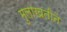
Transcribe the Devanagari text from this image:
मुलाखतीने